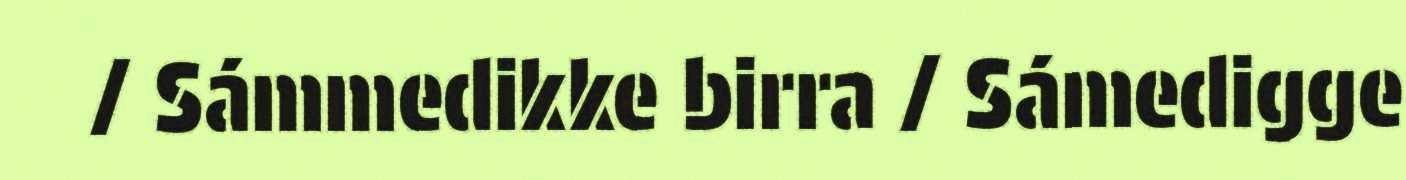
/ Sámmedikke birra / Sámedigge